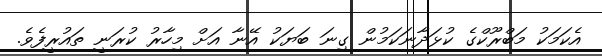
އެކަމަކު މަބްރޫކްގެ ކުޅަދާނަކަމުން ގިނަ ބަޔަކު އޭނާ އަށް މިހާރު ކުރަނީ ތައުރީފެވެ.